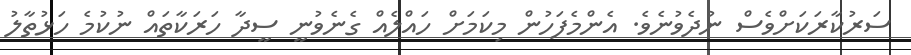
ސަރުކާރަކަށްވެސް ނުދެވުނެވެ. އެންމެފަހުން މިކަމަށް ހައްލެއް ގެނެވުނީ ސީދާ ހަރަކާތައް ނުކުމެ ހަޅުތާލު